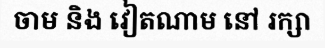
ចាម និង វៀតណាម នៅ រក្សា